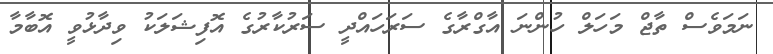
ނަމަވެސް ތާޖް މަހަލް ހުންނަ އާގްރާގެ ސަރަހައްދީ ސަރުކާރުގެ އޮފިޝަލަކު ވިދާޅުވީ އޮބާމާ